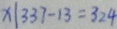
x \vert 3 3 7 - 1 3 = 3 2 4